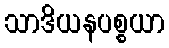
သာဒိယနပစ္စယာ